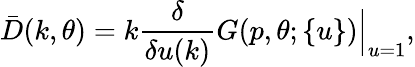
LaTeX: \bar{D}(k,\theta)=k\frac{\delta}{\delta u(k)}G(p,\theta;\{ u\} )\Big|_{u=1},